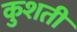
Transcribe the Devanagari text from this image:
कुशती